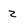
Character: z